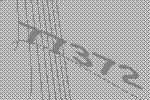
77372